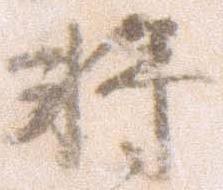
将